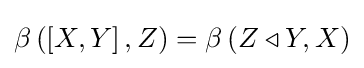
\beta \left(\left[X,Y\right],Z\right)=\beta \left(Z\triangleleft Y,X\right)